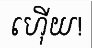
ហ៊ើយ!